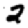
Digit: 2